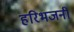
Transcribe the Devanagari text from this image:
हरिभजनी